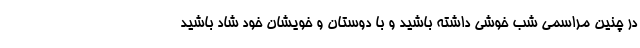
در چنین مراسمی شب خوشی داشته باشید و با دوستان و خویشان خود شاد باشید